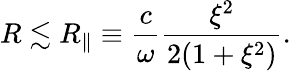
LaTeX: R\lesssim R_{\parallel}\equiv\frac{c}{\omega}\frac{\xi^{2}}{2(1+\xi^{2})}.